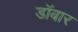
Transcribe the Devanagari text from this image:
डॉबार